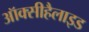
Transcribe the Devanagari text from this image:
ऑक्सीहैलाइड